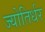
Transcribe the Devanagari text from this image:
ज्योतिर्धर